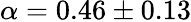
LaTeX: \alpha=0.46\pm 0.13